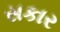
સકાર